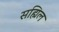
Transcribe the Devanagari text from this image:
सह्मिल